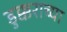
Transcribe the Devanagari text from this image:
डुक्कराच्या